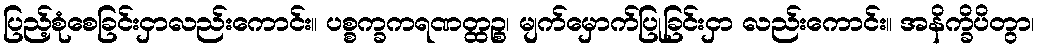
ပြည့်စုံစေခြင်းငှာလည်းကောင်း။ ပစ္စက္ခကရဏတ္ထဉ္စ၊ မျက်မှောက်ပြုခြင်းငှာ လည်းကောင်း။ အနိက္ခိပိတွာ၊